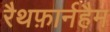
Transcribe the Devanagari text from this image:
रैथफ़ार्नहैम